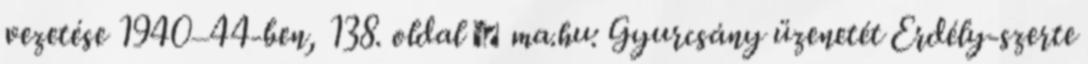
vezetése 1940–44-ben, 138. oldal ↑ ma.hu: Gyurcsány üzenetét Erdély-szerte